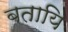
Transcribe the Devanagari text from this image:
बतायि